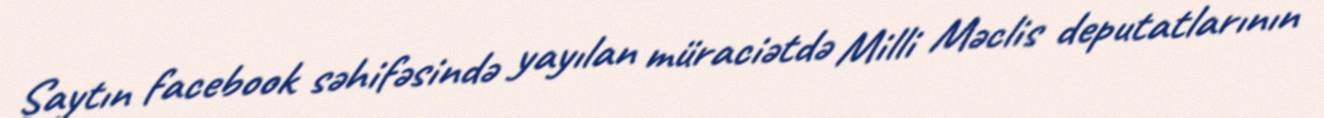
Saytın facebook səhifəsində yayılan müraciətdə Milli Məclis deputatlarının